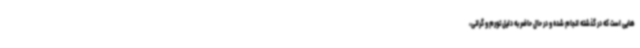
هایی است که در گذشته انجام شده و در حال حاضر به دلیل تورم و گرانی،